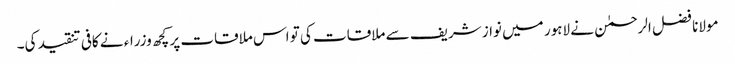
مولانا فضل الرحمٰن نے لاہور میں نواز شریف سے ملاقات کی تو اس ملاقات پر کچھ وزراء نے کافی تنقید کی۔